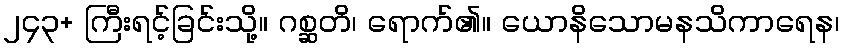
၂၄၃+ ကြီးရင့်ခြင်းသို့။ ဂစ္ဆတိ၊ ရောက်၏။ ယောနိသောမနသိကာရေန၊